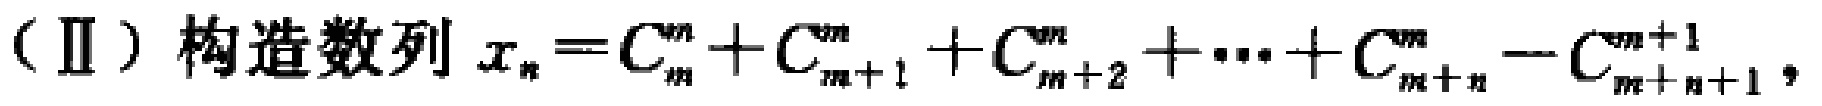
（Ⅱ）构造数列 \(x_{n}=C_{m}^{m}+C_{m + 1}^{m}+C_{m + 2}^{m}+\cdots +C_{m + n}^{m}-C_{m + n+1}^{m + 1}\)